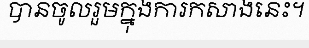
បានចូលរួមក្នុងការកសាងនេះ។